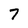
Character: 7